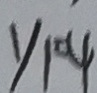
y _ { 1 } = 4